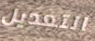
التعديل